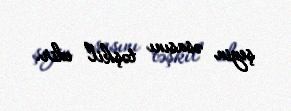
şeyin əsasını təşkil edir.